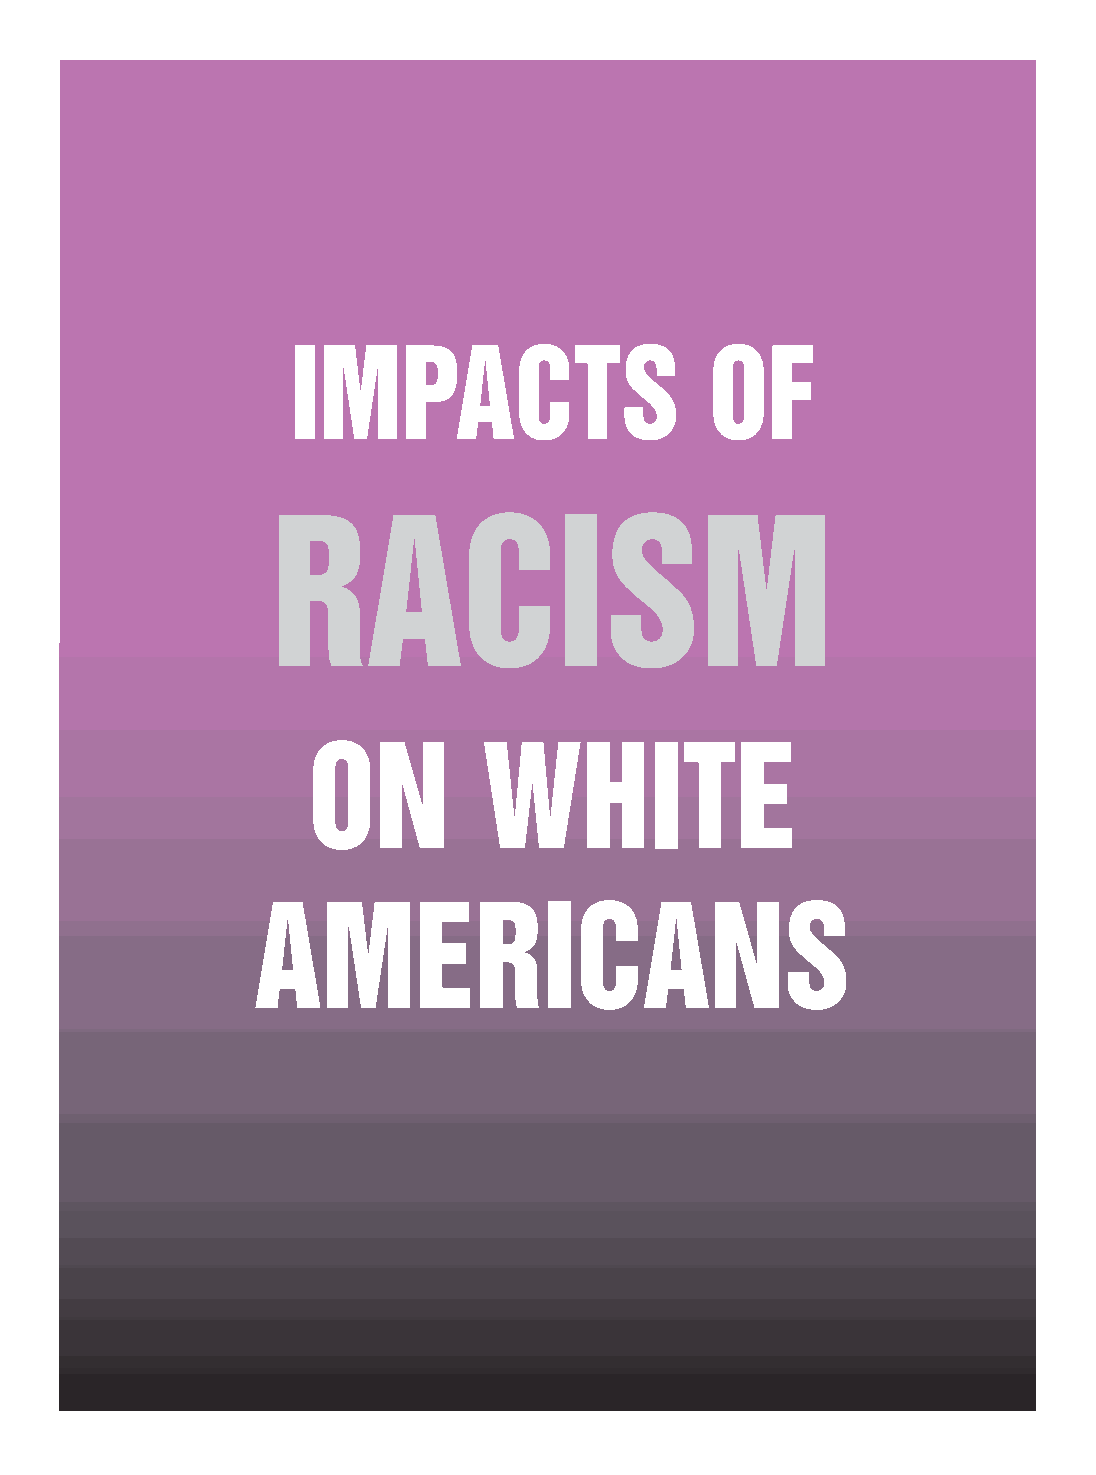
IMPACTS                     OF
 RACISM
 ON          WHITE
 AMERICANS